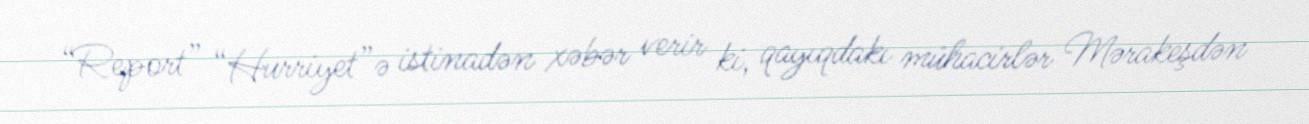
“Report” “Hurriyet”ə istinadən xəbər verir ki, qayıqdakı mühacirlər Mərakeşdən